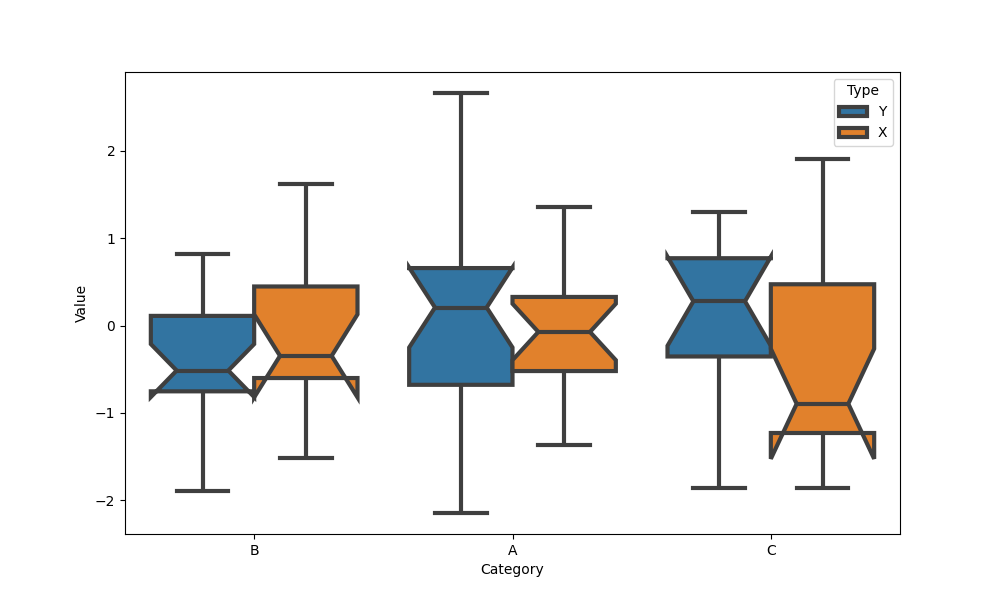
python, seaborn, boxplot, width=0.8, linewidth=3, fliersize=5, notch=True